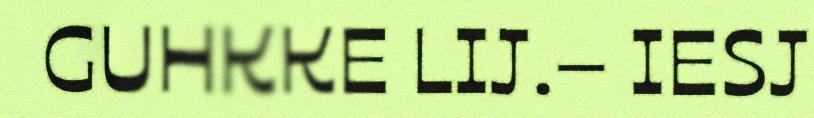
GUHKKE LIJ.– IESJ